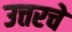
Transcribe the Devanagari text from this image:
उत्तरचे